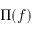
\Pi ( f )